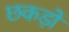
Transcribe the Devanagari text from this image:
छकड़ों